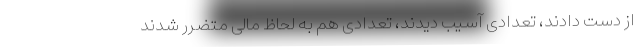
از دست دادند، تعدادی آسیب دیدند، تعدادی هم به لحاظ مالی متضرر شدند